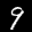
Label: 9